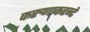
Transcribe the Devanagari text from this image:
करुणाकरन्टे